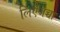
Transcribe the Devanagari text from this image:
लिएजच्चा